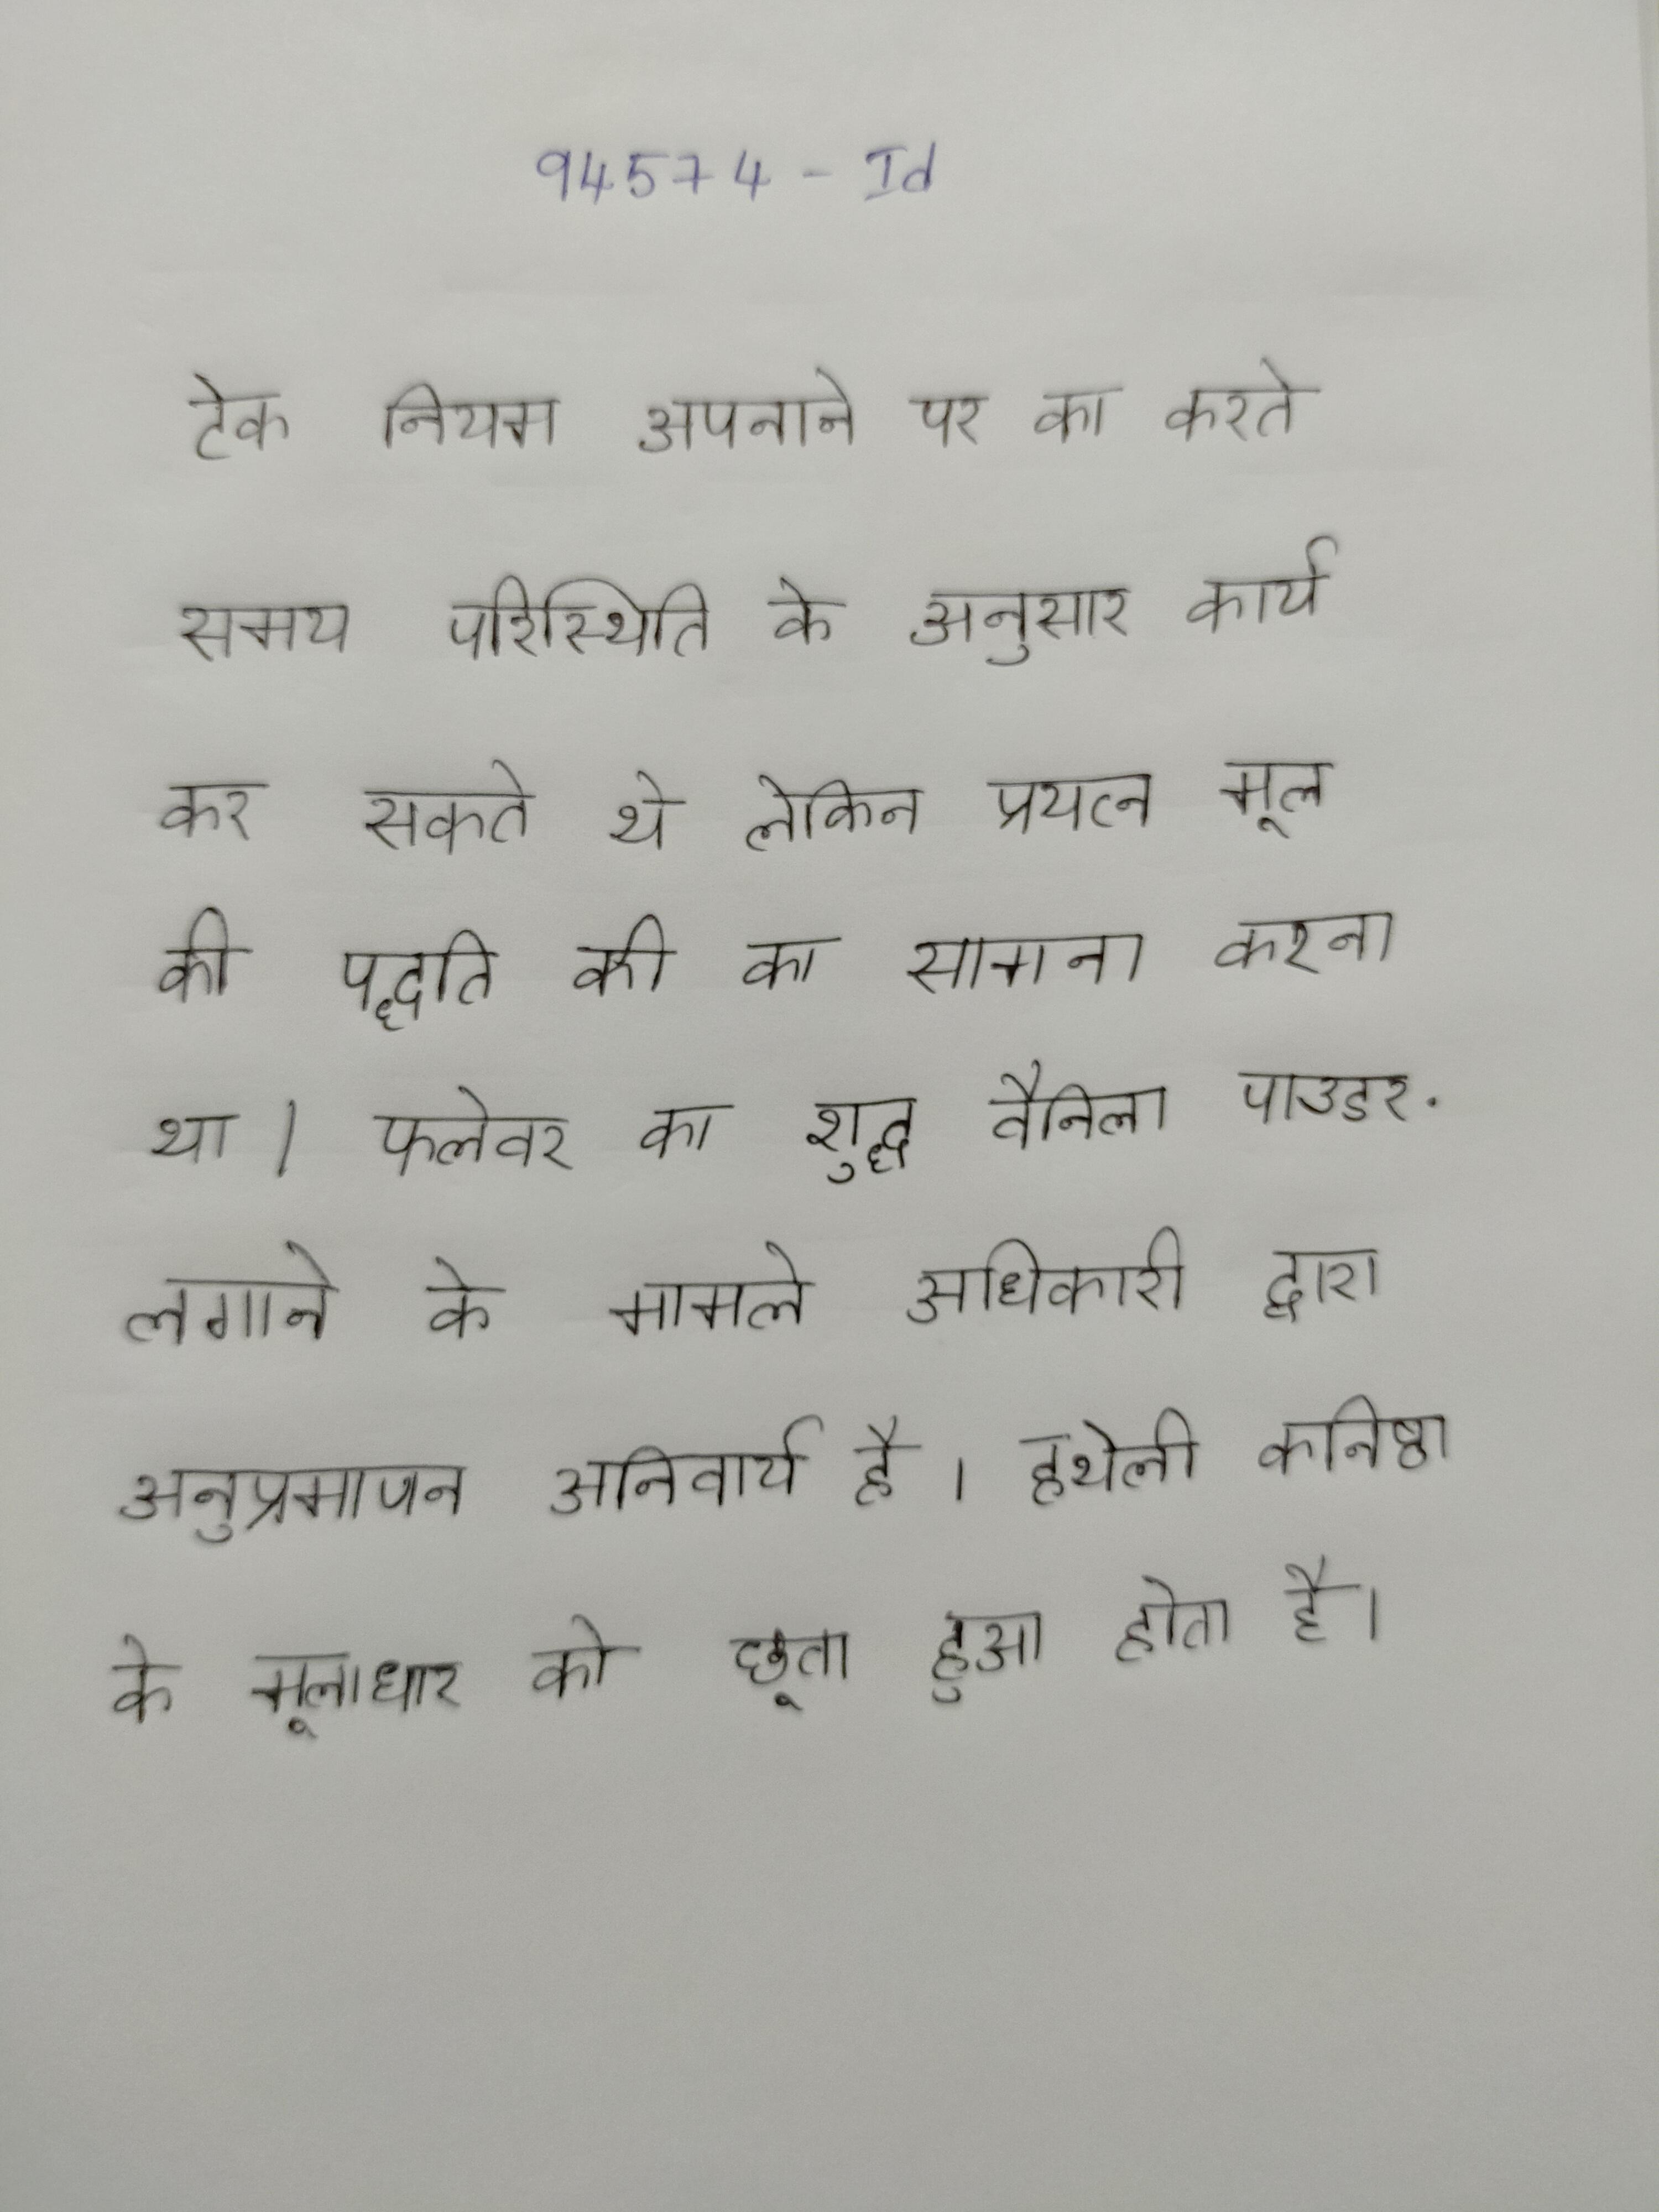
टेक नियम अपनाने पर का करते समय परिस्थिति के अनुसार कार्य कर सकते थे लेकिन प्रयत्न मूल की पद्धति की का सामना करना था । फ्लेवर का शुद्ध वैनिला पाउडर . लगाने के मामले अधिकारी द्वारा अनुप्रमाणन अनिवार्य है । हथेली कनिष्ठा के मूलाधार को छूता हुआ होता है ।